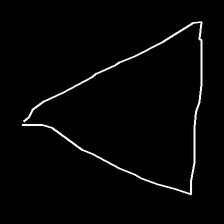
Glyph: convergence